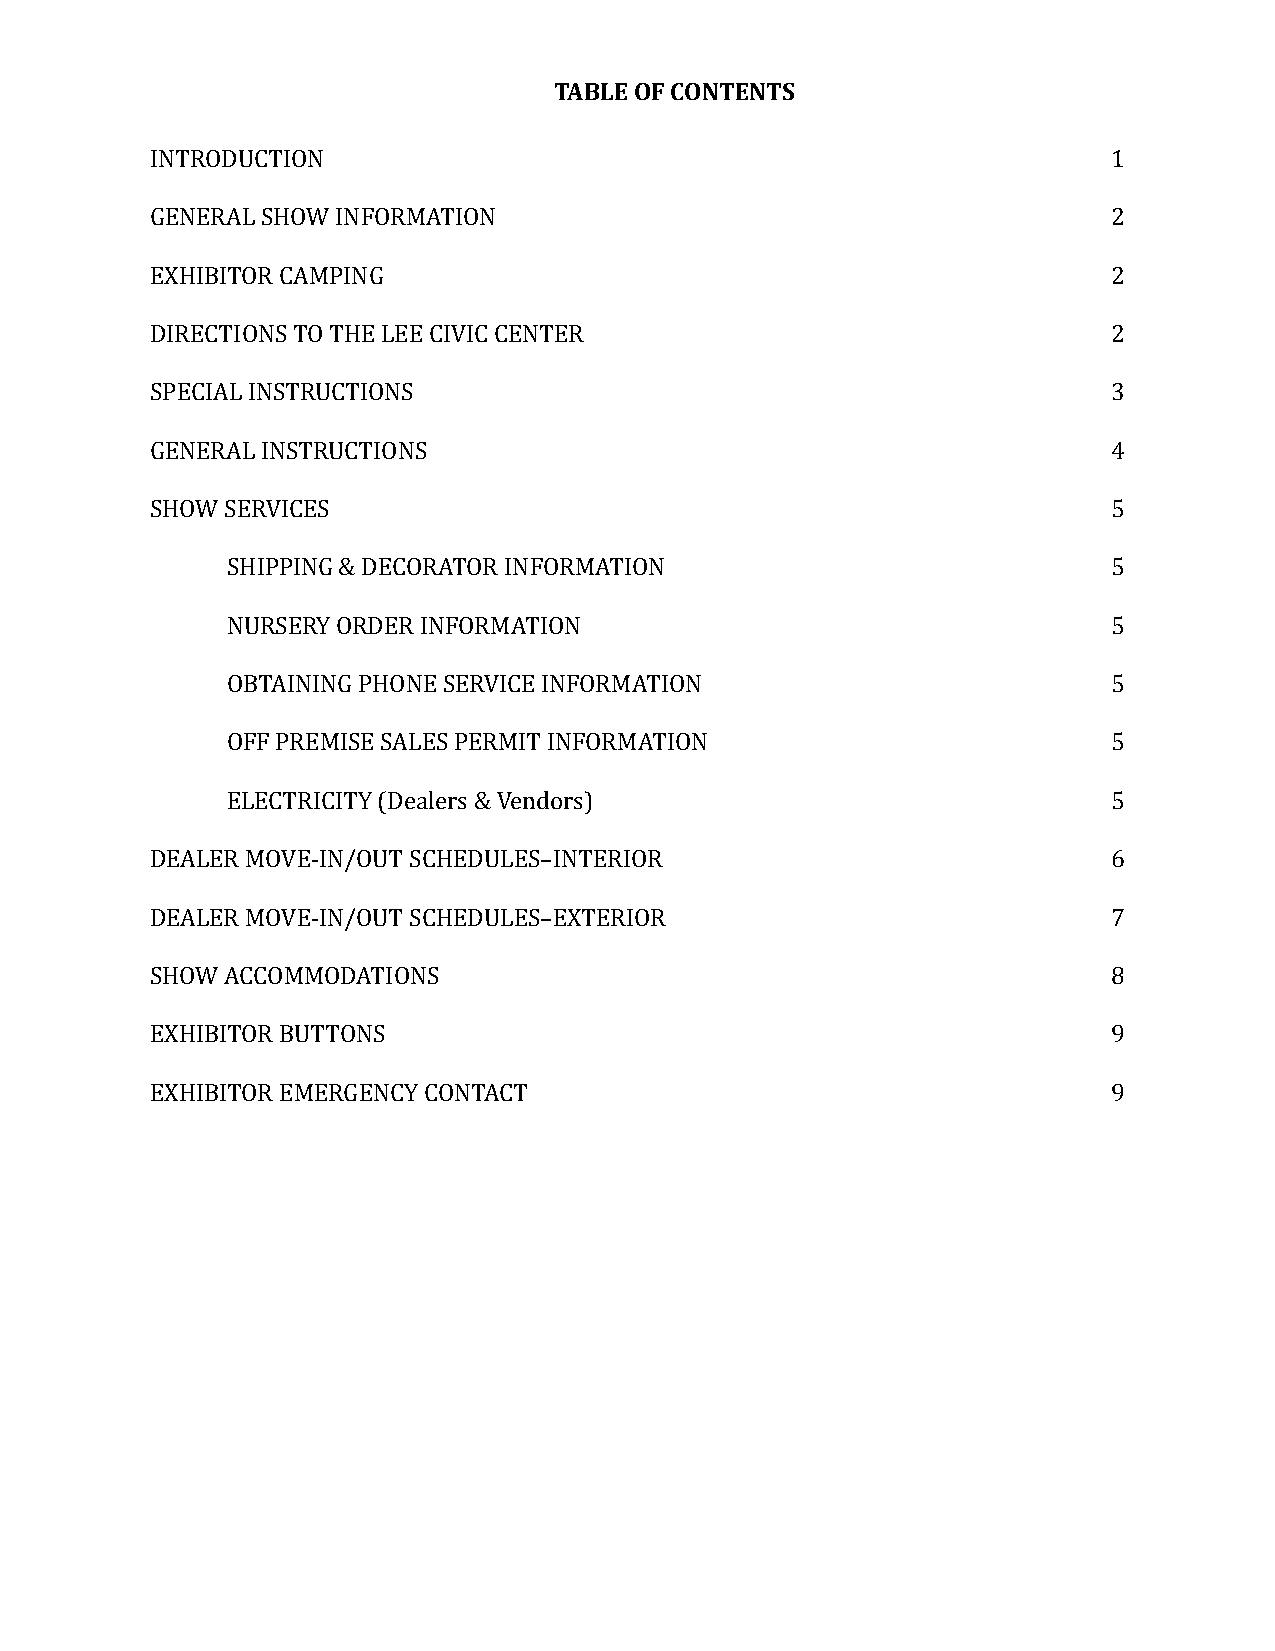
TABLE OF CONTENTS
 INTRODUCTION                                                    1
 GENERAL SHOW INFORMATION                                        2
 EXHIBITOR CAMPING                                               2
 DIRECTIONS TO THE LEE CIVIC CENTER                              2
 SPECIAL INSTRUCTIONS                                            3
 GENERAL INSTRUCTIONS                                            4
 SHOW SERVICES                                                   5
 SHIPPING & DECORATOR INFORMATION                           5
 NURSERY ORDER INFORMATION                                  5
 OBTAINING PHONE SERVICE INFORMATION                        5
 OFF PREMISE SALES PERMIT INFORMATION                       5
 ELECTRICITY (Dealers & Vendors)                            5
 DEALER MOVE-IN/OUT SCHEDULES–INTERIOR                           6
 DEALER MOVE-IN/OUT SCHEDULES–EXTERIOR                           7
 SHOW ACCOMMODATIONS                                             8
 EXHIBITOR BUTTONS                                               9
 EXHIBITOR EMERGENCY CONTACT                                     9